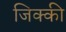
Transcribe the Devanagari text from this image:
जिक्की